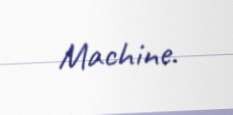
Machine.